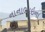
નાનાભાઇના